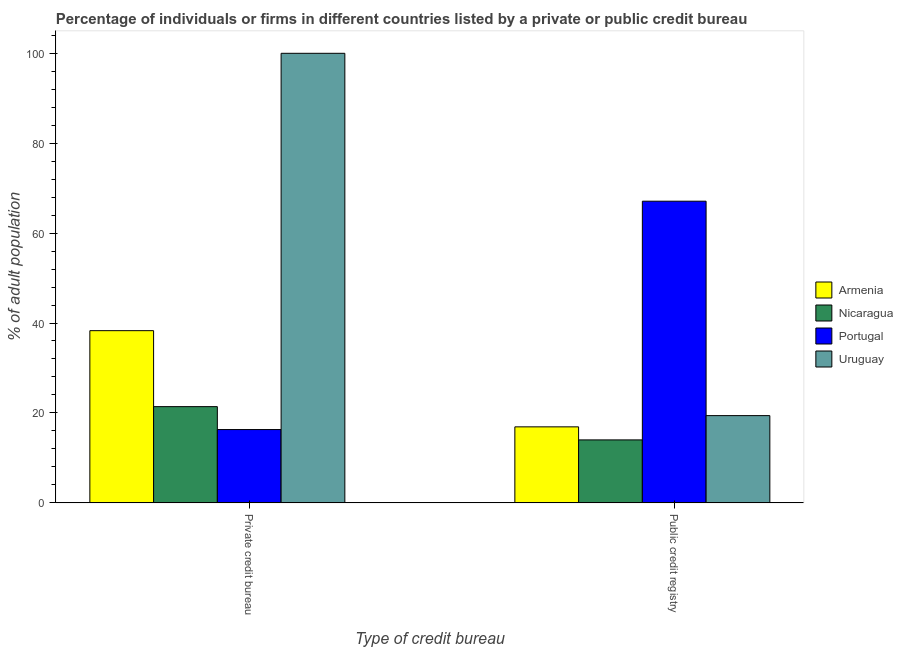
| Type of credit bureau | Armenia | Nicaragua | Portugal | Uruguay |
 | --- | --- | --- | --- | --- |
 | Private credit bureau | 38.3 | 21.4 | 16.3 | 100 |
 | Public credit registry | 16.9 | 14 | 67.1 | 19.4 |